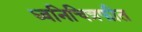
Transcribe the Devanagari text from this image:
ध्वनिचित्रफीत